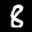
Label: 8